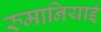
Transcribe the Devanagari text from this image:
रुमानियाई